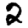
Digit: 2